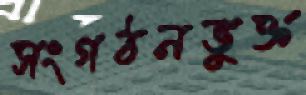
সংগঠনভুক্ত